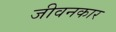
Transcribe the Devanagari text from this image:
जीवनकार